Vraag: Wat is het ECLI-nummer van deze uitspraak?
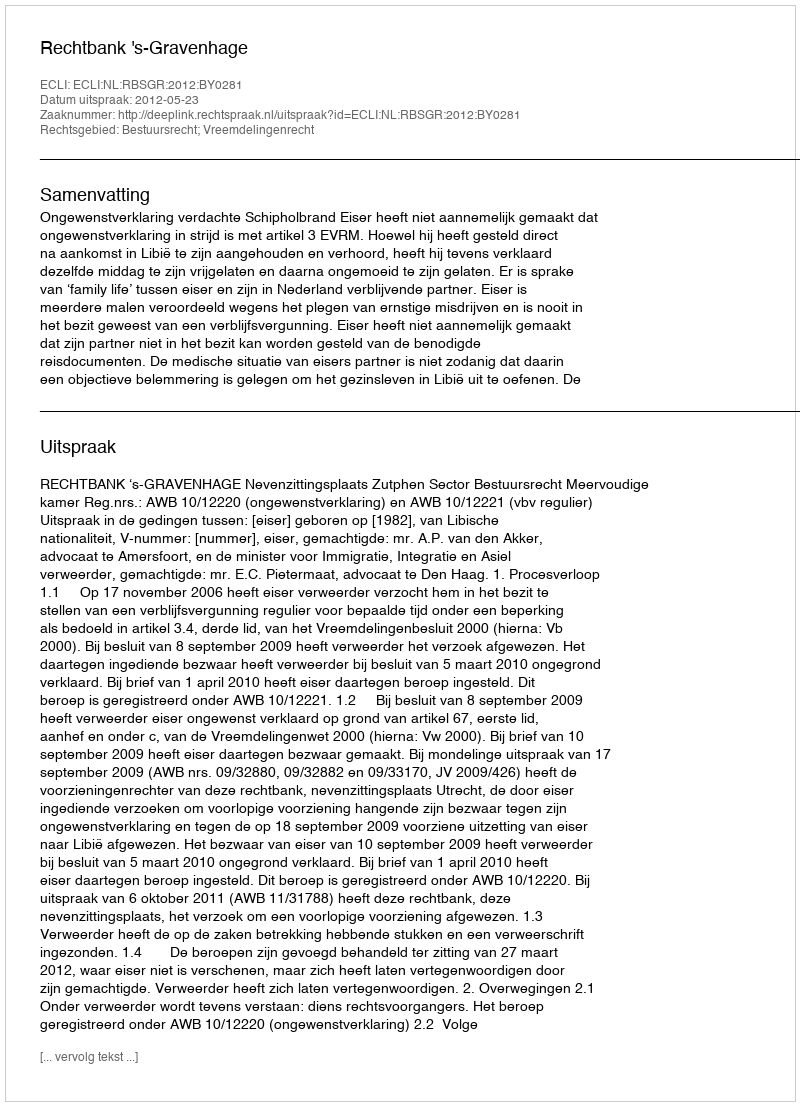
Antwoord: ECLI:NL:RBSGR:2012:BY0281